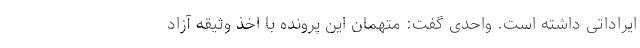
ایراداتی داشته است. واحدی گفت: متهمان این پرونده با اخذ وثیقه آزاد